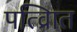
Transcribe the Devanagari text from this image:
पत्व्राित